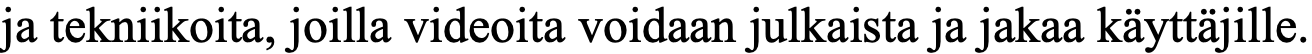
ja tekniikoita, joilla videoita voidaan julkaista ja jakaa käyttäjille.